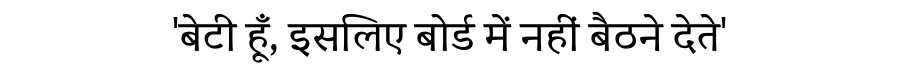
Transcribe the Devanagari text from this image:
'बेटी हूँ, इसलिए बोर्ड में नहीं बैठने देते'